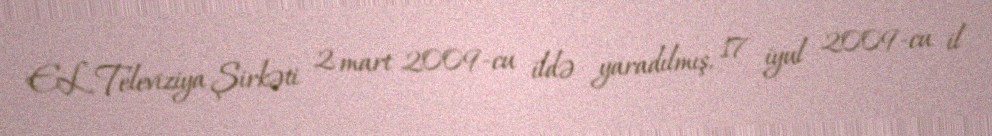
EL Televiziya Şirkəti 2 mart 2009-cu ildə yaradılmış, 17 iyul 2009-cu il